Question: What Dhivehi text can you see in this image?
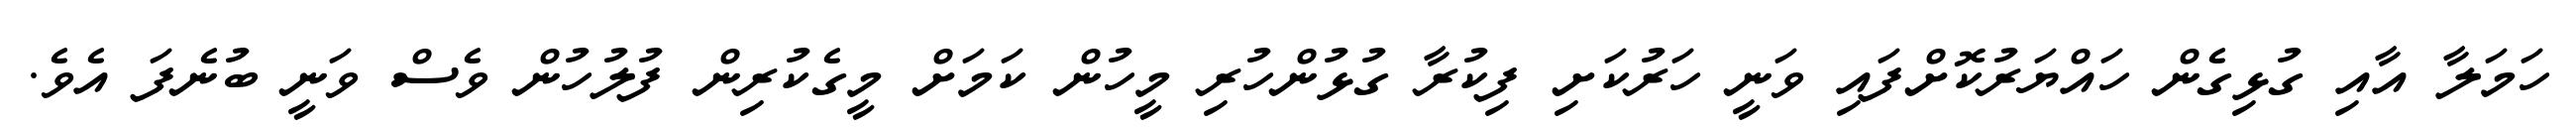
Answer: ހަމަލާ އާއި ގުޅިގެން ހައްޔަރުކޮށްފައި ވަނީ ހަރުކަށި ފިކުރާ ގުޅުންހުރި މީހުން ކަމަށް މީގެކުރިން ފުލުހުން ވެސް ވަނީ ބުނެފަ އެވެ.